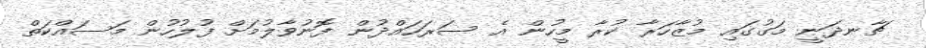
ޗާނދަނީ މަގުގައި މުޒާހަރާ ކުރާ މީހުން އެ ސަރަހައްދުން ފޮނުވާލުމަށް ފުލުހުން މަސައްކަތް